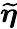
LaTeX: \widetilde{\boldsymbol{\eta}}